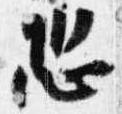
恐